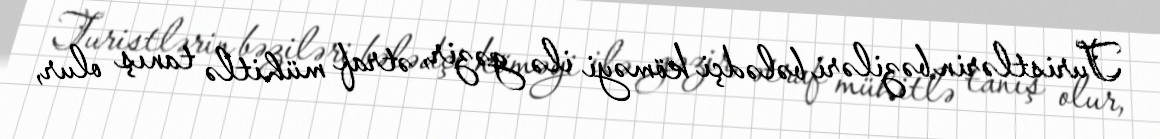
Turistlərin bəziləri bələdçi köməyi ilə gəzir, ətraf mühitlə tanış olur,